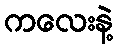
ကလေးနဲ့